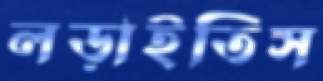
লড়াইতিস